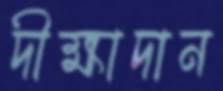
দীক্ষাদান